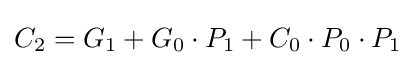
C_{2}=G_{1}+G_{0}\cdot P_{1}+C_{0}\cdot P_{0}\cdot P_{1}